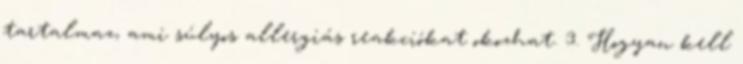
tartalmaz, ami súlyos allergiás reakciókat okozhat. 3. Hogyan kell